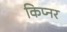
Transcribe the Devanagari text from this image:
किप्नर